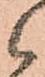
候